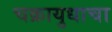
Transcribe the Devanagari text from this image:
चक्रायुधाचा